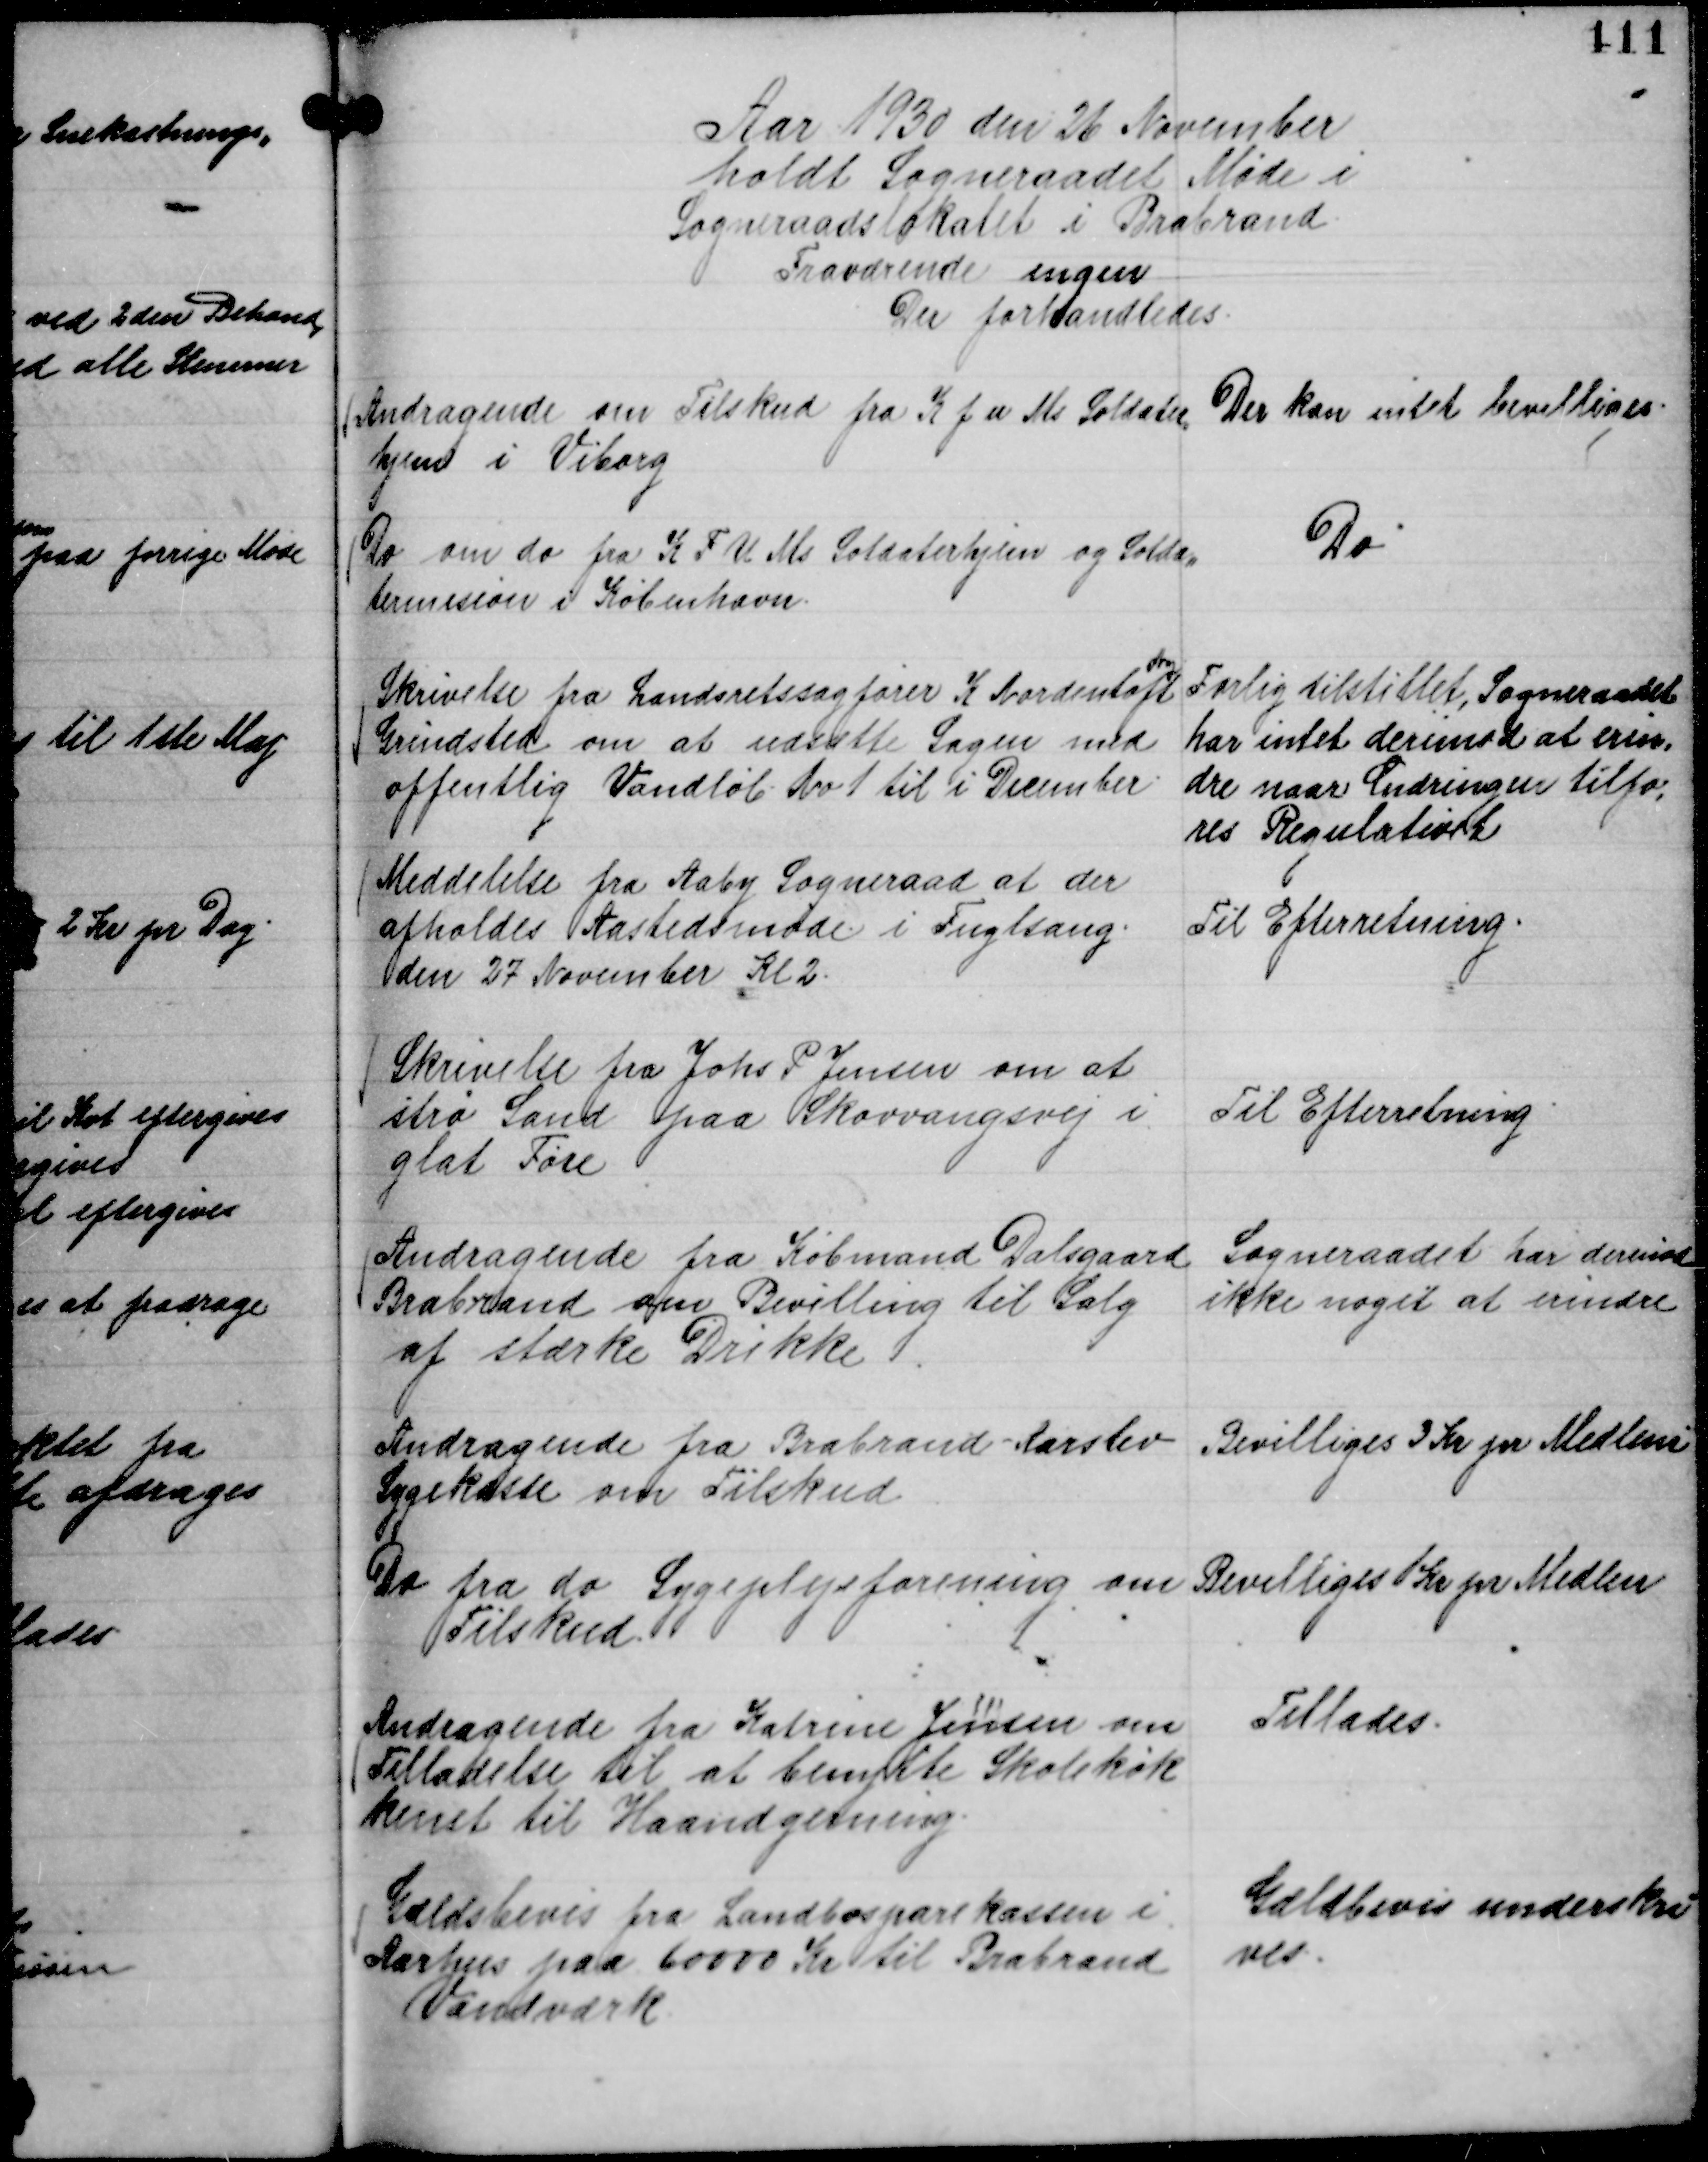
Transskription:
Aar 1930 den 26 November
holdt Sogneraadet Møde i
Sogneraadslokalet i Brabrand.
Fraværende ingen
Der forhandledes.

Andragende om Tilskud fra K f u Ms Soldater,,
hjem i Viborg

Der kan intet bevilliges.

Do om do fra K F U Ms Soldaterhjem og Solda,,
termision I København.

Do

Skrivelse fra Landsretssagfører K Nordentoft

Grindsted om at udsætte Sagen med
offentlig Vandløb No 1 til i December.

Forlig tilstillet, Sogneraadet
har intet derimod at erin,,
dre naar Ændringen tilfø,
res Regulativet

Meddelelse fra Aaby Sogneraad at der
afholdes Aastedsmøde i Fuglsang.
den 27 November Kl 2.

Til Efterretning.

Skrivelse fra Johs P Jensen om at
strø Sand paa Skovvangsvej i
glat Føre

Til Efterretning.

Andragende fra Købmand Dalsgaard
Brabrand om Bevilling til Salg
af stærke Drikke

Sogneraadet har derimod
ikke noget at erindre

Andragende fra Brabrand - Aarslev
Sygekasse om Tilskud.

Bevilliges 3 Kr pr Medlem

Do fra do Sygeplejeforening om
Tilskud.

Bevilliges 1 Kr pr Medlem

Andragende fra Katrine Jensen om
Tilladelse til at benytte Skolekøk
kenet til Haandgerning.

Tillades.

Gældsbevis fra Landbosparekassen i
Aarhus paa 60000 Kr til Brabrand
Vandværk.

Gældbevis underskri
ves.